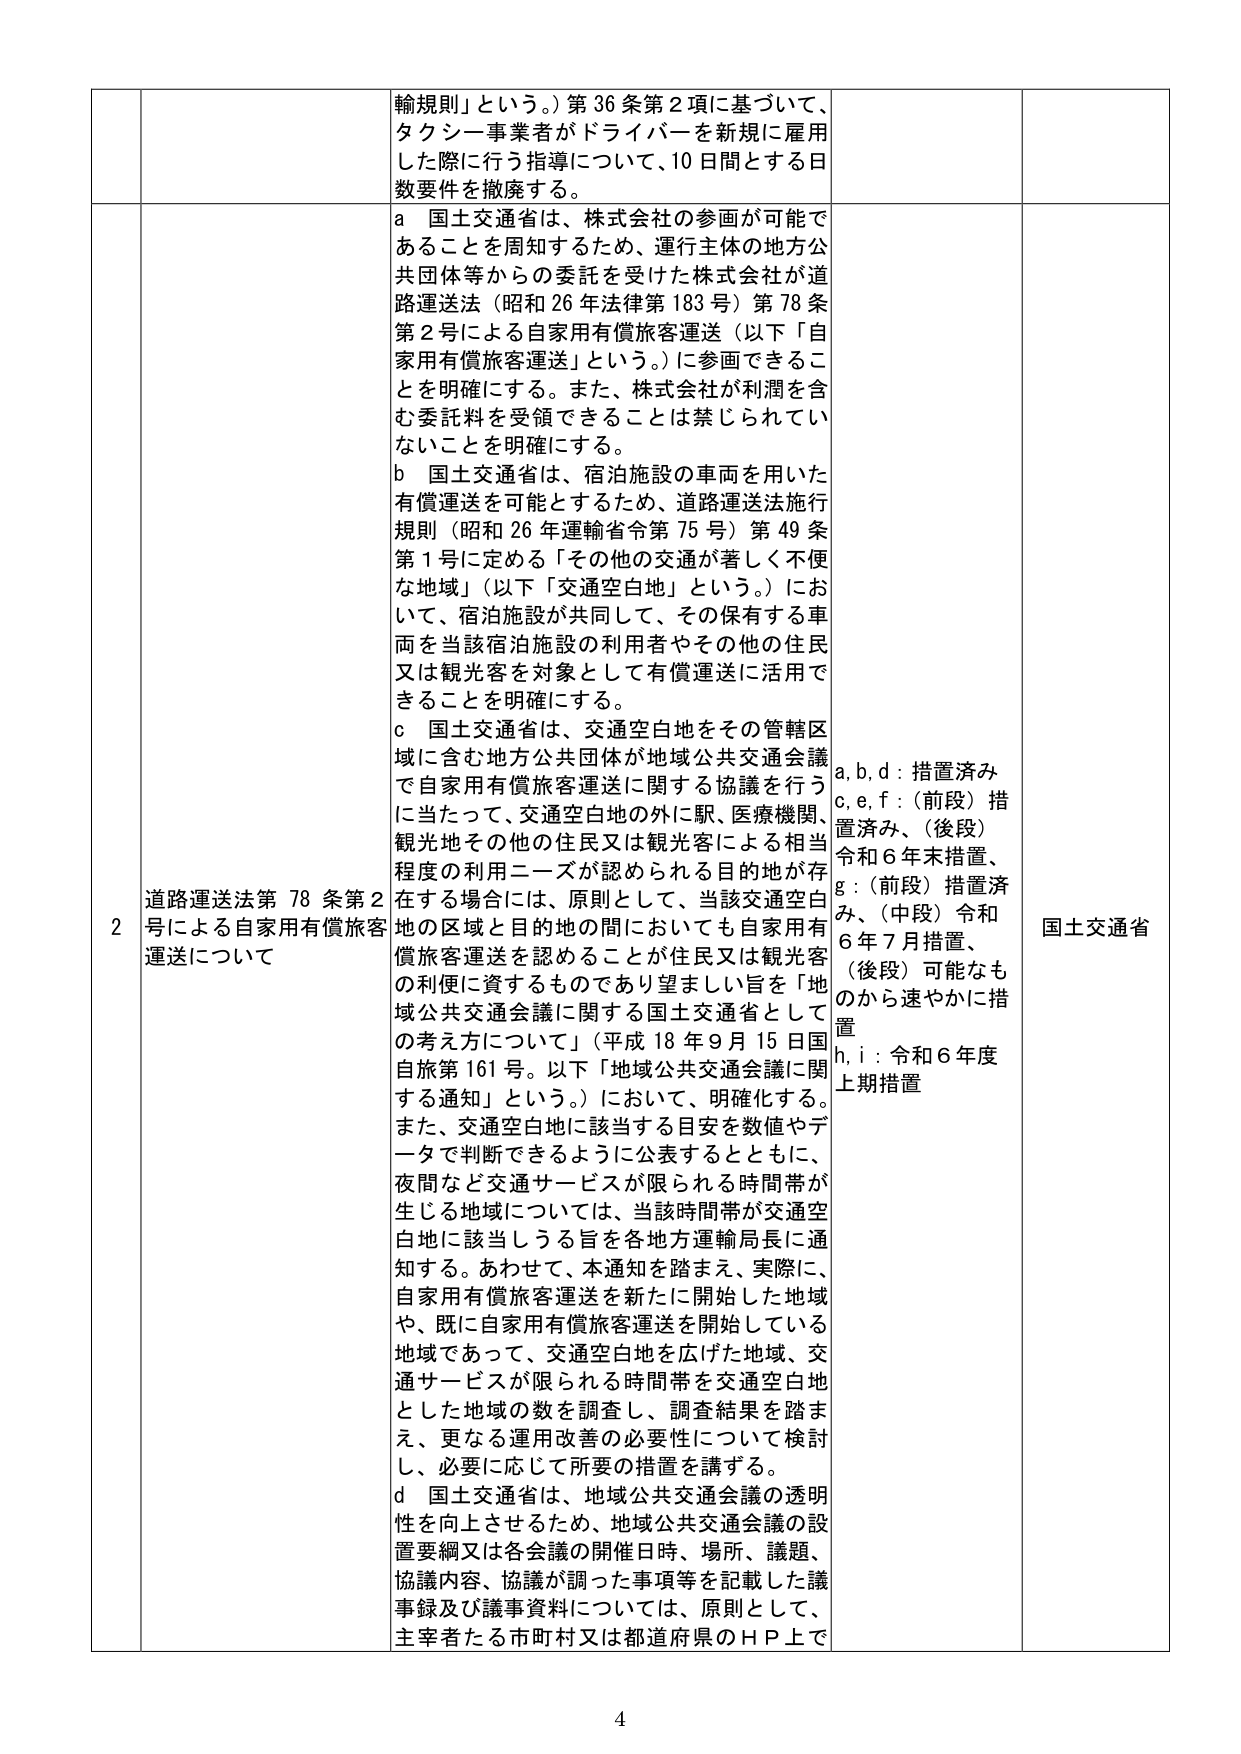
輸規則」という。）第36条第2項に基づいて、
タクシー事業者がドライバーを新規に雇用
した際に行う指導について、10日間とする日
数要件を撤廃する。

2 道路運送法第78条第2号による自家用有償旅客運送について
a 国土交通省は、株式会社の参画が可能であることを周知するため、運行主体の地方公共団体等からの委託を受けた株式会社が道路運送法（昭和26年法律第183号）第78条第2号による自家用有償旅客運送（以下「自家用有償旅客運送」という。）に参画できることを明確にする。また、株式会社が利潤を含む委託料を受領できることは禁じられていないことを明確にする。
b 国土交通省は、宿泊施設の車両を用いた有償運送を可能とするため、道路運送法施行規則（昭和26年運輸省令第75号）第49条第1号に定める「その他の交通が著しく不便な地域」（以下「交通空白地」という。）において、宿泊施設が共同して、その保有する車両を当該宿泊施設の利用者やその他の住民又は観光客を対象として有償運送に活用できることを明確にする。
c 国土交通省は、交通空白地をその管轄区域に含む地方公共団体が地域公共交通会議で自家用有償旅客運送に関する協議を行うに当たって、交通空白地の外に駅、医療機関、観光地その他の住民又は観光客による相当程度の利用ニーズが認められる目的地が存在する場合には、原則として、当該交通空白地の区域と目的地の間においても自家用有償旅客運送を認めことが住民又は観光客の利便に資するものであり望ましい旨を「地域公共交通会議に関する国土交通省としての考え方について」（平成18年9月15日国自旅第161号。以下「地域公共交通会議に関する通知」という。）において、明確化する。また、交通空白地に該当する目安を数値やデータで判断できるように公表するとともに、夜間など交通サービスが限られる時間帯が生じる地域については、当該時間帯が交通空白地に該当しうる旨を各地方運輸局長に通知する。あわせて、本通知を踏まえ、実際に、自家用有償旅客運送を新たに開始した地域や、既に自家用有償旅客運送を開始している地域であって、交通空白地を広げた地域、交通サービスが限られる時間帯を交通空白地とした地域の数を調査し、調査結果を踏まえ、更なる運用改善の必要性について検討し、必要に応じて所要の措置を講ずる。
d 国土交通省は、地域公共交通会議の透明性を向上させるため、地域公共交通会議の設置要綱又は各会議の開催日時、場所、議題、協議内容、協議が調った事項等を記載した議事録及び議事資料については、原則として、主宰者たる市町村又は都道府県のＨＰ上で

a, b, d：措置済み
c, e, f：（前段）措置済み、（後段）令和6年末措置、
g：（前段）措置済み、（中段）令和6年7月措置、（後段）可能なものから速やかに措置
h, i：令和6年度上期措置

国土交通省

4